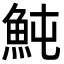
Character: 魨